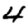
Digit: 4